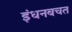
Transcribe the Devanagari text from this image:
इंधनबचत